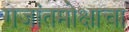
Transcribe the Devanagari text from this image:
गजांतमोक्षाचा